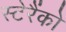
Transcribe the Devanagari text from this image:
स्टेरैंको